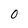
Character: O